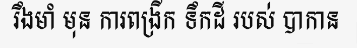
រឹងមាំ មុន ការពង្រីក ទឹកដី របស់ បាកាន